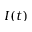
I ( t )